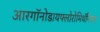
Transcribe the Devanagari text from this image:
आरगॉनोडायफ्लोरोमिथॅनियम